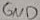
Text: GND